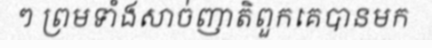
ៗ ព្រមទាំងសាច់ញាតិពួកគេបានមក